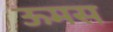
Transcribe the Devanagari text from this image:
ऊमस